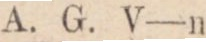
A. G. V—n.